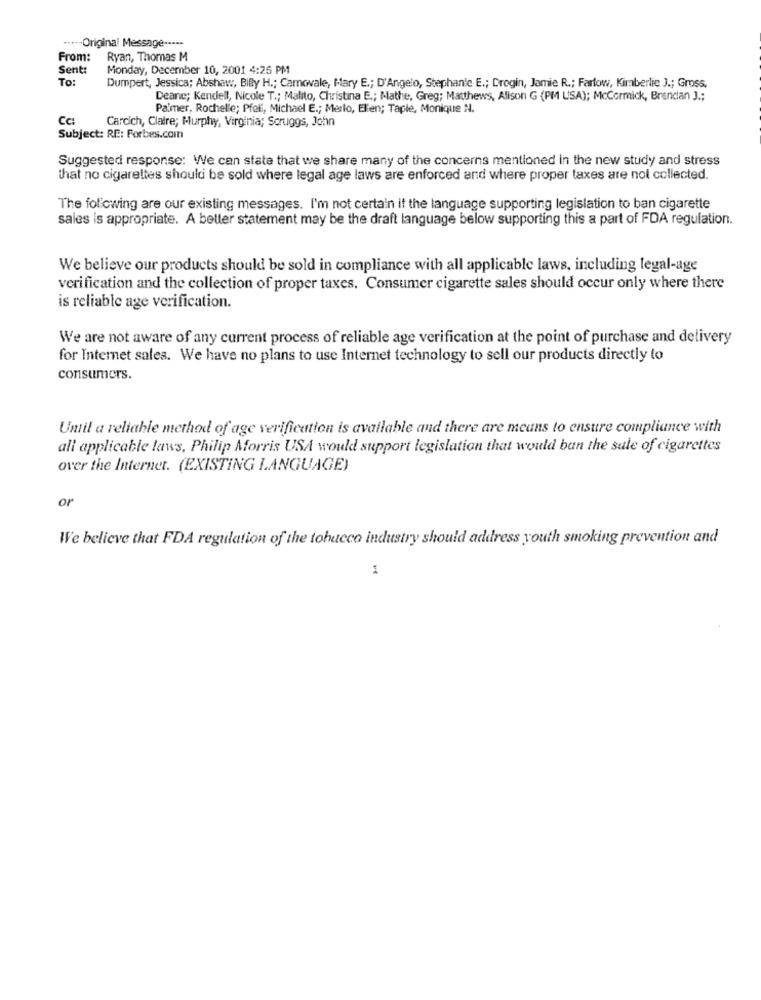
···-- Original Message -----
From:
Ryan, Thomas M
Sent:
Monday, December 10, 2001 4:25 PM
To:
Dumpert, Jessica; Abshaw, Billy H .; Camovale, Mary E .; D'Angelo, Stephanie E .; Drogin, Jamie R .; Farlow, Kimberlic J .; Gross.
Deane; Kendell, Nicole T .; Malito, Christina E .; Mathe, Greg; Matthews, Alison G (PM USA); McCormick, Brendan J .;
Palmer, Rochelle; Pfell, Michael E .; Merlo, Elien; Taple, Monique N.
Cc:
Carcich, Claire; Murphy, Virginia; Scruggs, John
Subject: RE: Forbes.com
Suggested response: We can state that we share many of the concerns mentioned in the new study and stress
that no cigarettes should be sold where legal age laws are enforced and where proper taxes are not collected.
The following are our existing messages. I'm not certain if the language supporting legislation to ban cigarette
sales is appropriate. A better statement may be the draft language below supporting this a part of FDA regulation.
We believe our products should be sold in compliance with all applicable laws, including legal-age
verification and the collection of proper taxes. Consumer cigarette sales should occur only where there
is reliable age verification.
We are not aware of any current process of reliable age verification at the point of purchase and delivery
for Internet sales. We have no plans to use Internet technology to sell our products directly to
consumers.
Until a reliable method of age verification is available and there are meuns to ensure compliance with
all applicable laws, Philip Morris USA would support legislation that would ban the sale of cigarettes
over the Internet. (EXISTING LANGUAGE)
or
We believe that FDA regulation of the tobacco industry should address youth smoking prevention and
1